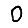
Digit: 0